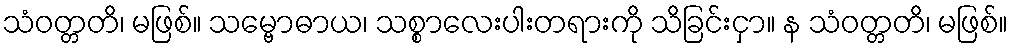
သံဝတ္တတိ၊ မဖြစ်။ သမ္ဗောဓာယ၊ သစ္စာလေးပါးတရားကို သိခြင်းငှာ။ န သံဝတ္တတိ၊ မဖြစ်။